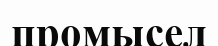
промысел